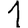
Digit: 1